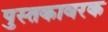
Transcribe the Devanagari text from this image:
पुस्तकावरक